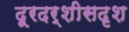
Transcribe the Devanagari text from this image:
दूरदर्शीसदृश